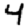
Digit: 4